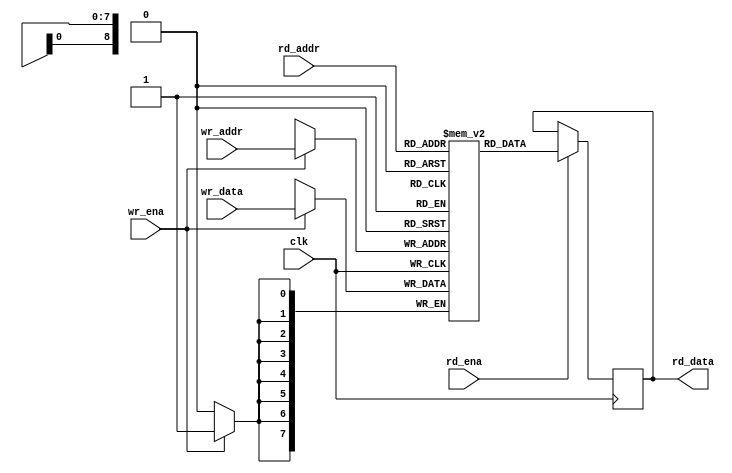
/*
 * ram_sdp.v
 *
 * CERN Open Hardware Licence v1.2 - See LICENSE
 *
 * RAM in Simple Dual Port configuration
 *
 * Copyright (C) 2018  Sylvain Munaut <tnt@246tNt.com>
 *
 * vim: ts=4 sw=4
 */

`default_nettype none

module ram_sdp #(
	parameter integer AWIDTH = 9,
    parameter integer DWIDTH = 8
)(
	input  wire [AWIDTH-1:0] wr_addr,
	input  wire [DWIDTH-1:0] wr_data,
	input  wire wr_ena,

	input  wire [AWIDTH-1:0] rd_addr,
	output reg  [DWIDTH-1:0] rd_data,
	input  wire rd_ena,

	input  wire clk
);
	// Signals
	reg [DWIDTH-1:0] ram [(1<<AWIDTH)-1:0];

`ifdef SIM
	integer i;
	initial
		for (i=0; i<(1<<AWIDTH); i=i+1)
			ram[i] = 0;
`endif

	always @(posedge clk)
	begin
		// Read
		if (rd_ena)
			rd_data <= ram[rd_addr];

		// Write
		if (wr_ena)
			ram[wr_addr] <= wr_data;
	end

endmodule // ram_sdp